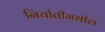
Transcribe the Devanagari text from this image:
निर्यातीमधील